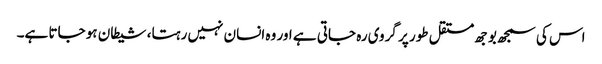
اس کی سمجھ بوجھ مستقل طور پر گروی رہ جاتی ہے اور وہ انسان نہیں رہتا، شیطان ہو جاتا ہے۔